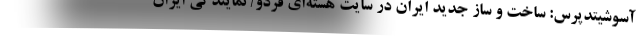
آسوشیتدپرس: ساخت و ساز جدید ایران در سایت هسته‌ای فردو/ نمایندگی ایران